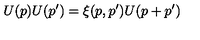
U ( p ) U ( p ^ { \prime } ) = \xi ( p , p ^ { \prime } ) U ( p + p ^ { \prime } )